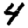
Digit: 4